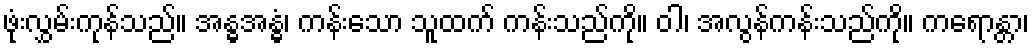
ဖုံးလွှမ်းကုန်သည်။ အန္ဓအန္ဓံ၊ ကန်းသော သူထက် ကန်းသည်ကို။ ဝါ၊ အလွန်ကန်းသည်ကို။ ကရောန္တာ၊